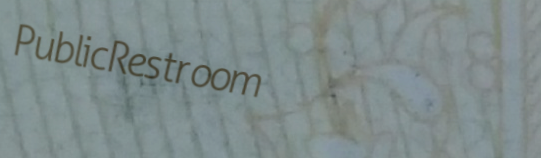
PublicRestroom